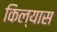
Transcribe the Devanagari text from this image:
किल्यास